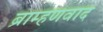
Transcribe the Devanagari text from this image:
ब्राम्हणवाद